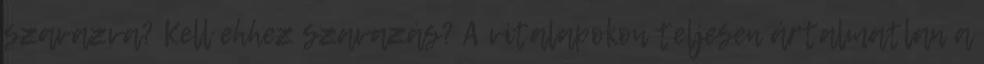
szavazva? Kell ehhez szavazás? A vitalapokon teljesen ártalmatlan a